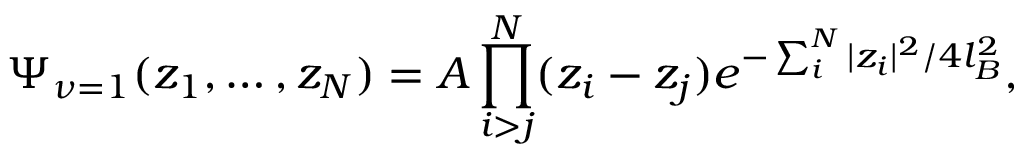
\Psi _ { \nu = 1 } ( z _ { 1 } , \dots , z _ { N } ) = { \cal { A } } \prod _ { i > j } ^ { N } ( z _ { i } - z _ { j } ) e ^ { - \sum _ { i } ^ { N } | z _ { i } | ^ { 2 } / 4 l _ { B } ^ { 2 } } ,